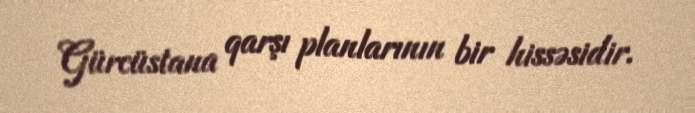
Gürcüstana qarşı planlarının bir hissəsidir.